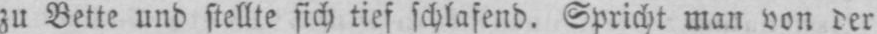
zu Bette und stellte sich tief schlafend. Spricht man von der